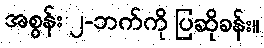
အစွန်း ၂-ဘက်ကို ပြဆိုခန်း။